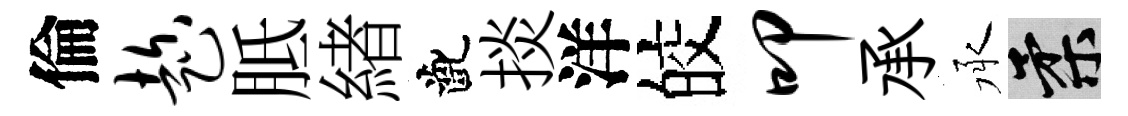
倫趁胝緖齔掞洋皎叩承承柔